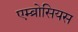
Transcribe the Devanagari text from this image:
एम्ब्रोसियस